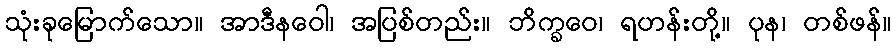
သုံးခုမြောက်သော။ အာဒီနဝေါ၊ အပြစ်တည်း။ ဘိက္ခဝေ၊ ရဟန်းတို့။ ပုန၊ တစ်ဖန်။